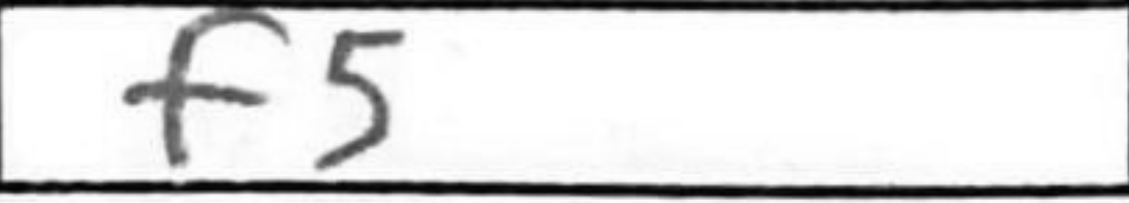
Transcription: f5